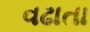
વઢાતા